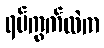
ရပ်ကွက်ထဲက